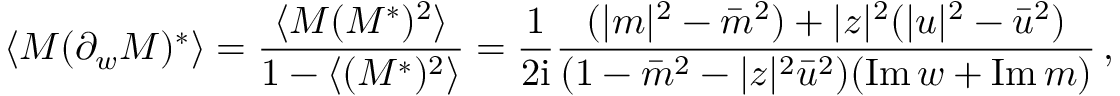
\langle M ( \partial _ { w } M ) ^ { * } \rangle = \frac { \langle M ( M ^ { * } ) ^ { 2 } \rangle } { 1 - \langle ( M ^ { * } ) ^ { 2 } \rangle } = \frac { 1 } { 2 \mathrm { i } } \frac { ( | m | ^ { 2 } - \bar { m } ^ { 2 } ) + | z | ^ { 2 } ( | u | ^ { 2 } - \bar { u } ^ { 2 } ) } { ( 1 - \bar { m } ^ { 2 } - | z | ^ { 2 } \bar { u } ^ { 2 } ) ( \mathrm { I m } \, w + \mathrm { I m } \, m ) } \, ,